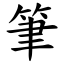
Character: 筆